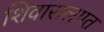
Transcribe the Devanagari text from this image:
शिवारालगत